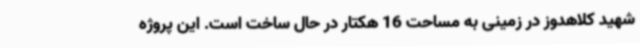
شهید کلاهدوز در زمینی به مساحت 16 هکتار در حال ساخت است. این پروژه